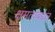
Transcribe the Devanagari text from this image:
क्षमतांबद्दल